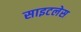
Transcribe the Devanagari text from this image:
साइटलेस